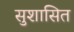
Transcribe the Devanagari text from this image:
सुशासित